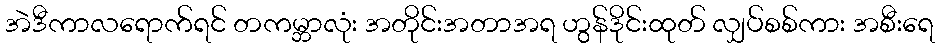
အဲဒီကာလရောက်ရင် တကမ္ဘာလုံး အတိုင်းအတာအရ ဟွန်ဒိုင်းထုတ် လျှပ်စစ်ကား အစီးရေ